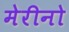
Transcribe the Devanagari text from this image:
मेरीनो